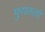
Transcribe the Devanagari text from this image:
पुरातत्वो